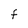
Character: F